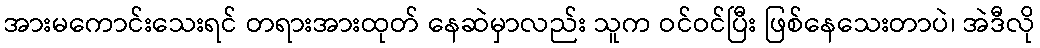
အားမကောင်းသေးရင် တရားအားထုတ် နေဆဲမှာလည်း သူက ဝင်ဝင်ပြီး ဖြစ်နေသေးတာပဲ၊ အဲဒီလို